King Institute of Preventive Medicine Bacteriolog. Section reports 1907-08
Year: 1907
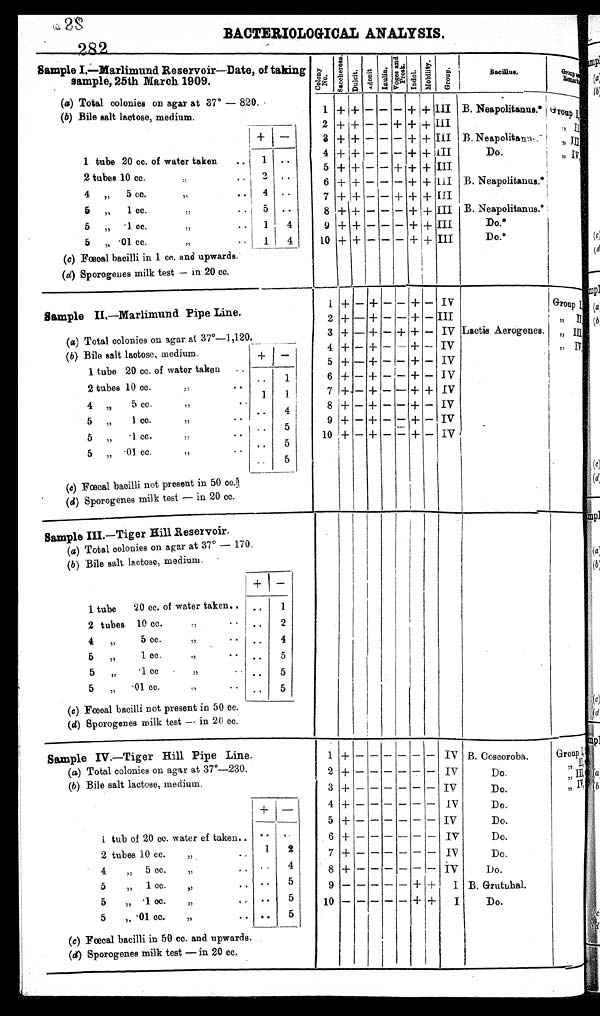
BACTERIOLOGICAL ANALYSIS.
Sample I.—Marlimund Reservoir—Date, of taking
sample, 25th March 1909.
Colony No. S a c c h e r o s e . Dulcit. A d o n i t I n u l i n .
Voges and
Prosk. I n d o l .
M o b i l i t y . Group.
B a c i l l u s .
G r o u p a n d
R e m a r k s
(a ) Total colonies on agar at 37°— 820
(b ) Bile salt lactose, medium.
1 + + — — — + + III B. Neapolitanus.* Group I
2 + + — — + + + III
" II
+
—
3 + + — — — + + III B. Neapolitanus.*
" III
4 + +
— — —
+ + III
Do.
" I V
1 tube 20 cc. of water taken ..
1
. .
5 + + — — + + + III
2 tubes 10 cc. ":,
,
2 ..
6 + + — — — + +
I I I B. Neapolitanus.*
4 „ 5 cc. ,,
..
4 ..
7 + + — —
+ + + III
5 „ 1 cc. ,,
5 ..
8 + + —
— —
+ + III B. Neapolitanus.*
5 „ .1 cc. ,,
1
4
9 + +
— —
— + + III
Do.*
5 „ .01 cc. "
1
4
10 + + — — — + + III
Do.*
(c) Fœcal bacilli in 1 cc. and upwards.
( d) Sporogenes milk test — in 20 cc.
Sample II.—Marlimund Pipe Line.
1 + — + — — + — IV
Group I
2 + — + — — + — III
" II
(a) Total colonies on agar at 37°—1,120.
3 + — + — + + — IV Lactis Aerogenes. ,, III
( b) Bile salt lactose, medium.
+
—
4 + — + —
—
+ — IV
" IV
1 tube 20 cc. of water taken ..
5 + — + — — + — IV
2 tubes 10 cc. "• •
..
1
6 + — + — — + — IV
4 " 5 c c . "
1
1
7 + — + — — + + IV
5 „ 1 cc. "
..
4
8 +
—
+ -
—
+
—
IV
5 „ .1 cc. "
..
5
9 +
—
+ — — + — IV
5 " .01 cc. "
..
5
10 + — + — — + — IV
..
5
(c ) Fœcal bacilli not present in 50 cc.
(d ) Sporogenes milk test — in 20 cc.
Sample III. —Tiger Hill Reservoir.
(a ) Total colonies on agar at 37° — 170.
(b ) Bile salt lactose, medium.
+
—
1 tube 20 cc. of water taken.. ..
1
2 tubes 10 cc. "
• • ..
2
4 „ 5 cc ,,
..
4
5 „ 1 cc. ,,
..
5
5 .1 cc. "
. * ..
5
5 „ .01 cc. ".. ..
5
(c ) Fœcal bacilli not present in 50 cc.
(d) Sporogenes milk test — in 20 cc.
Sample IV.—Tiger Hill Pipe Line.
1
+
— — — — — —
IV B. Coscoroba.
Group I
(a) Total colonies on agar at 37°—230.
2 +
— — — — — —
IV
Do.
" II
(b) Bile salt lactose, medium.
3 +
— — — — — —
IV
Do.
, , I I I
+ —
4 +
— — — — — —
IV
Do.
" IV
5 + —
—
— — — — IV
Do.
1 tube of 20 cc. water of taken , ..
. .
6 + — — — — — — IV
Do.
2 tubes 10 cc. „
- .
1
2
7 +
— — — — — —
IV
Do.
4 „ 5 cc. „
.. .. 4
8 +
— — —
—
—
— IV
Do.
5 „ 1 cc. ,,
.. .. 5
9
— — — — —
+ +
I B. Grutnhal.
5 " .1 cc. " , ,.
..
5
10
— — — — —
+ +
I
Do.
5 „ .01 cc. „ ..
..
5
(c) Fœcal bacilli in 50 cc. and upwards.
(d) Sporogenes milk test — in 20 cc.
282